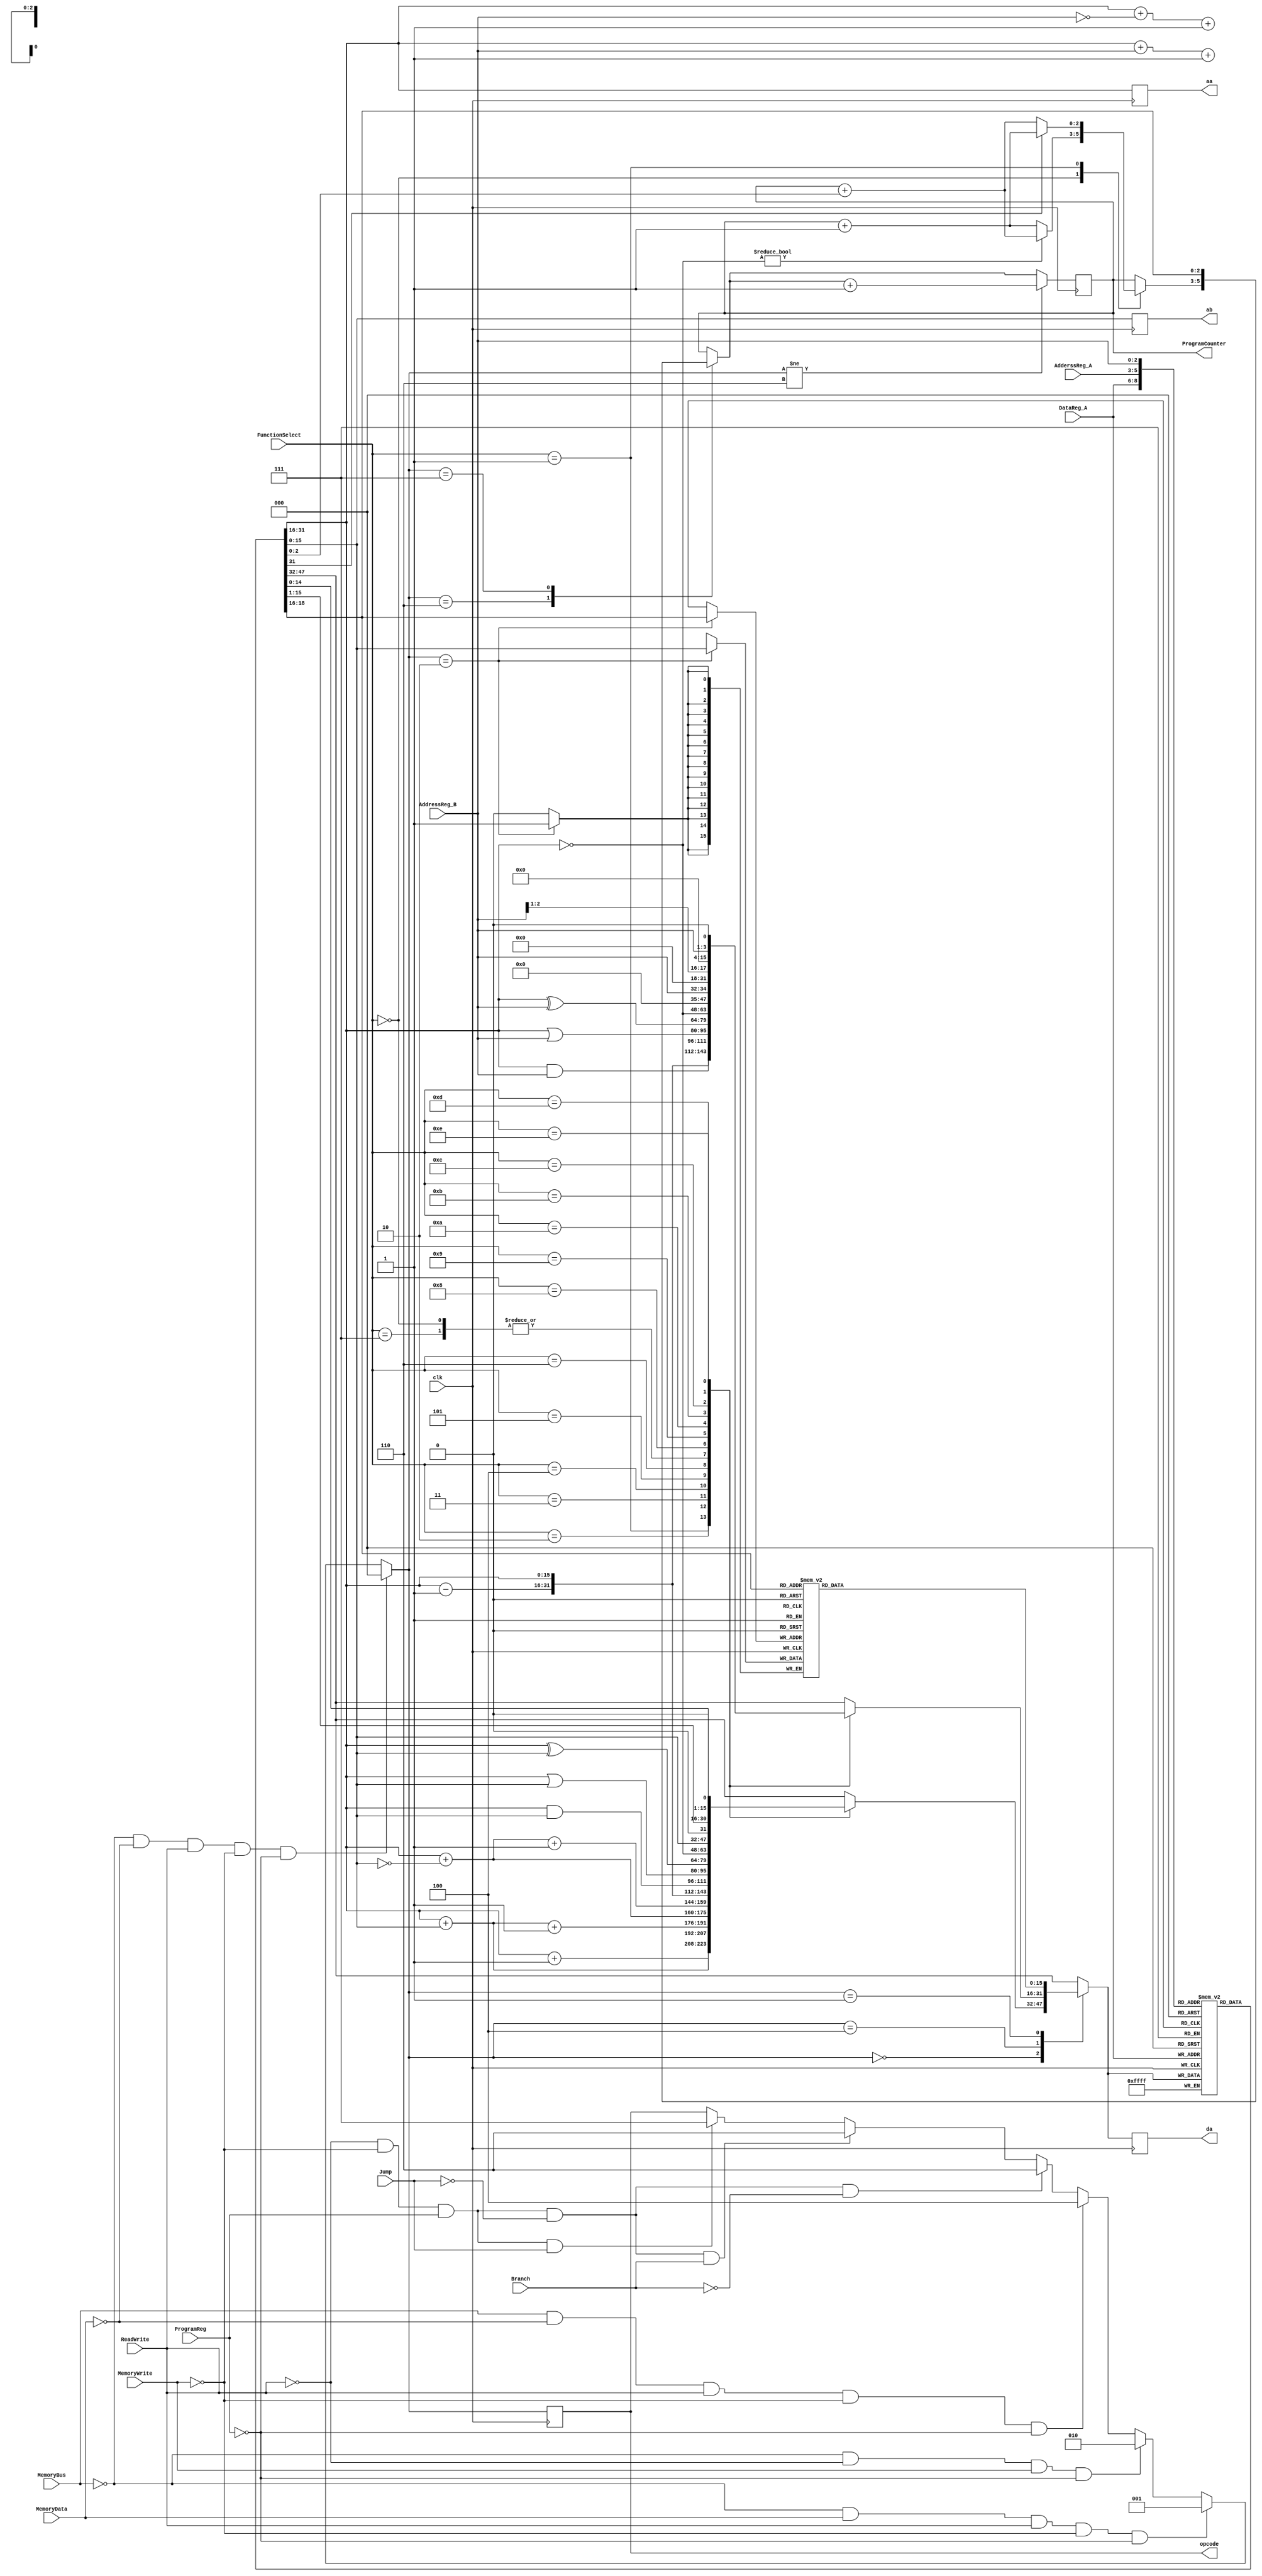
`timescale 1ns / 1ps

module datapath(
 input clk,MemoryBus,MemoryData,ReadWrite,
 input [2:0] DataReg_A,AdderssReg_A,AddressReg_B,
 // opcode 000_FS
 input ProgramReg,Jump,Branch,MemoryWrite,
 input [3:0] FunctionSelect,
 output reg [2:0] ProgramCounter,opcode,
 output reg [15:0] da,aa,ab
);
// register  '1' . 
reg [15:0] register[7:0];
integer i;
initial begin
ProgramCounter = 0;
for (i=0;i<8;i=i+1)
      register[i] <= 16'd1;
end
// Memory  '5'  
reg [15:0] Memory[7:0];
initial begin
for (i=0;i<8;i=i+1)
      Memory[i] <= 16'd5;
end
// PC PC  PC_counter ,
reg [15:0] ProgramCounter_counter[2:0];
//opcode   pc counter . 
always @(posedge clk)
begin
da = register[DataReg_A]; aa= register[AdderssReg_A]; ab = register[AddressReg_B];
// Control word bit  opcode  
if(~MemoryBus & ~MemoryData & ReadWrite & ~MemoryWrite & ~ProgramReg)
    opcode = 3'b000;   //FS 
else if(~MemoryBus & MemoryData & ReadWrite & ~MemoryWrite & ~ProgramReg)
    opcode = 3'b001;   //Memory read
else if(~MemoryBus & ~ReadWrite & MemoryWrite & ~ProgramReg)
    opcode = 3'b010;   //Memory Load
else if(MemoryBus & ~MemoryData & ReadWrite & ~MemoryWrite & ~ProgramReg)
    opcode = 3'b100;   //FS constant(Immediate)
else if(~ReadWrite & ~MemoryWrite & & ProgramReg & ~Jump & ~Branch)
    opcode = 3'b110;   //Branch on zero(Z)
else if(~ReadWrite & ~MemoryWrite & & ProgramReg & ~Jump & Branch)
    opcode = 3'b110;   //Branch on negative(N)
else if(~ReadWrite & ~MemoryWrite & & ProgramReg & Jump)
    opcode = 3'b111;   //Jump
// opcode    
case(opcode)
3'b000:         
     case(FunctionSelect)                   // function code 
        4'b0000: da = aa;          //Move A
        4'b0001: da = aa +1;       //increment + 1
        4'b0010: da = aa + ab;     //Add
        4'b0011: da = aa + ab + 1; //Add + 1
        4'b0100: da = aa + ~ab;    //1's Subtract
        4'b0101: da = aa + ~ab + 1;//2's Subtract
        4'b0110: da = aa - 1;      //Decrement -1 
        4'b0111: da = aa ;         //Move A
        4'b1000: da = aa & ab ;    //And
        4'b1001: da = aa | ab ;    //OR
        4'b1010: da = aa ^ ab ;    //XOR
        4'b1011: da = ~aa ;        //Not
        4'b1100: da = ab ;         //Move B
        4'b1101: da = ab >> 1;     //Shift Right
        4'b1110: da = ab << 1;     //Shift Left
    endcase   
//constant   Immediate        
3'b100:     
        case(FunctionSelect)                   // function code 
        4'b0000: da = aa;          //Move A
        4'b0001: da = aa +1;       //increment + 1
        4'b0010: da = aa + AddressReg_B;     //Add immediate
        4'b0011: da = aa + AddressReg_B + 1; //Add + 1
        4'b0100: da = aa + ~AddressReg_B;    //1's Subtract
        4'b0101: da = aa + ~AddressReg_B + 1;//2's Subtract
        4'b0110: da = aa - 1;      //Decrement -1 
        4'b0111: da = aa ;         //Move A
        4'b1000: da = aa & AddressReg_B ;    //And
        4'b1001: da = aa | AddressReg_B ;    //OR
        4'b1010: da = aa ^ AddressReg_B ;    //XOR
        4'b1011: da = ~aa ;        //Not
        4'b1100: da = AddressReg_B ;         //Load Immediate
        4'b1101: da = AddressReg_B >> 1;     //Shift Right
        4'b1110: da = AddressReg_B << 1;     //Shift Left
    endcase
3'b001:
    da = Memory[aa];           //Memory load    
3'b010:
    Memory[aa] <= ab ;          //Memory store
3'b110:
    case(FunctionSelect)
        4'b0000: if(~aa) ProgramCounter = ProgramCounter + ab; else ProgramCounter <= ProgramCounter + 1;     // Branch on Zero
        4'b0001: if(~aa[15]) ProgramCounter = ProgramCounter + ab; else ProgramCounter <= ProgramCounter + 1; // Branch on negative       
    endcase
3'b111:
    ProgramCounter <= aa;   // aa PC  
endcase
//  3'b110    PC counter increment 
ProgramCounter_counter[ProgramCounter] <= {opcode,FunctionSelect,DataReg_A,AdderssReg_A,AddressReg_B};
register[DataReg_A] = da; 
if (opcode != 3'b110)
    ProgramCounter <= ProgramCounter +1;
end
endmodule